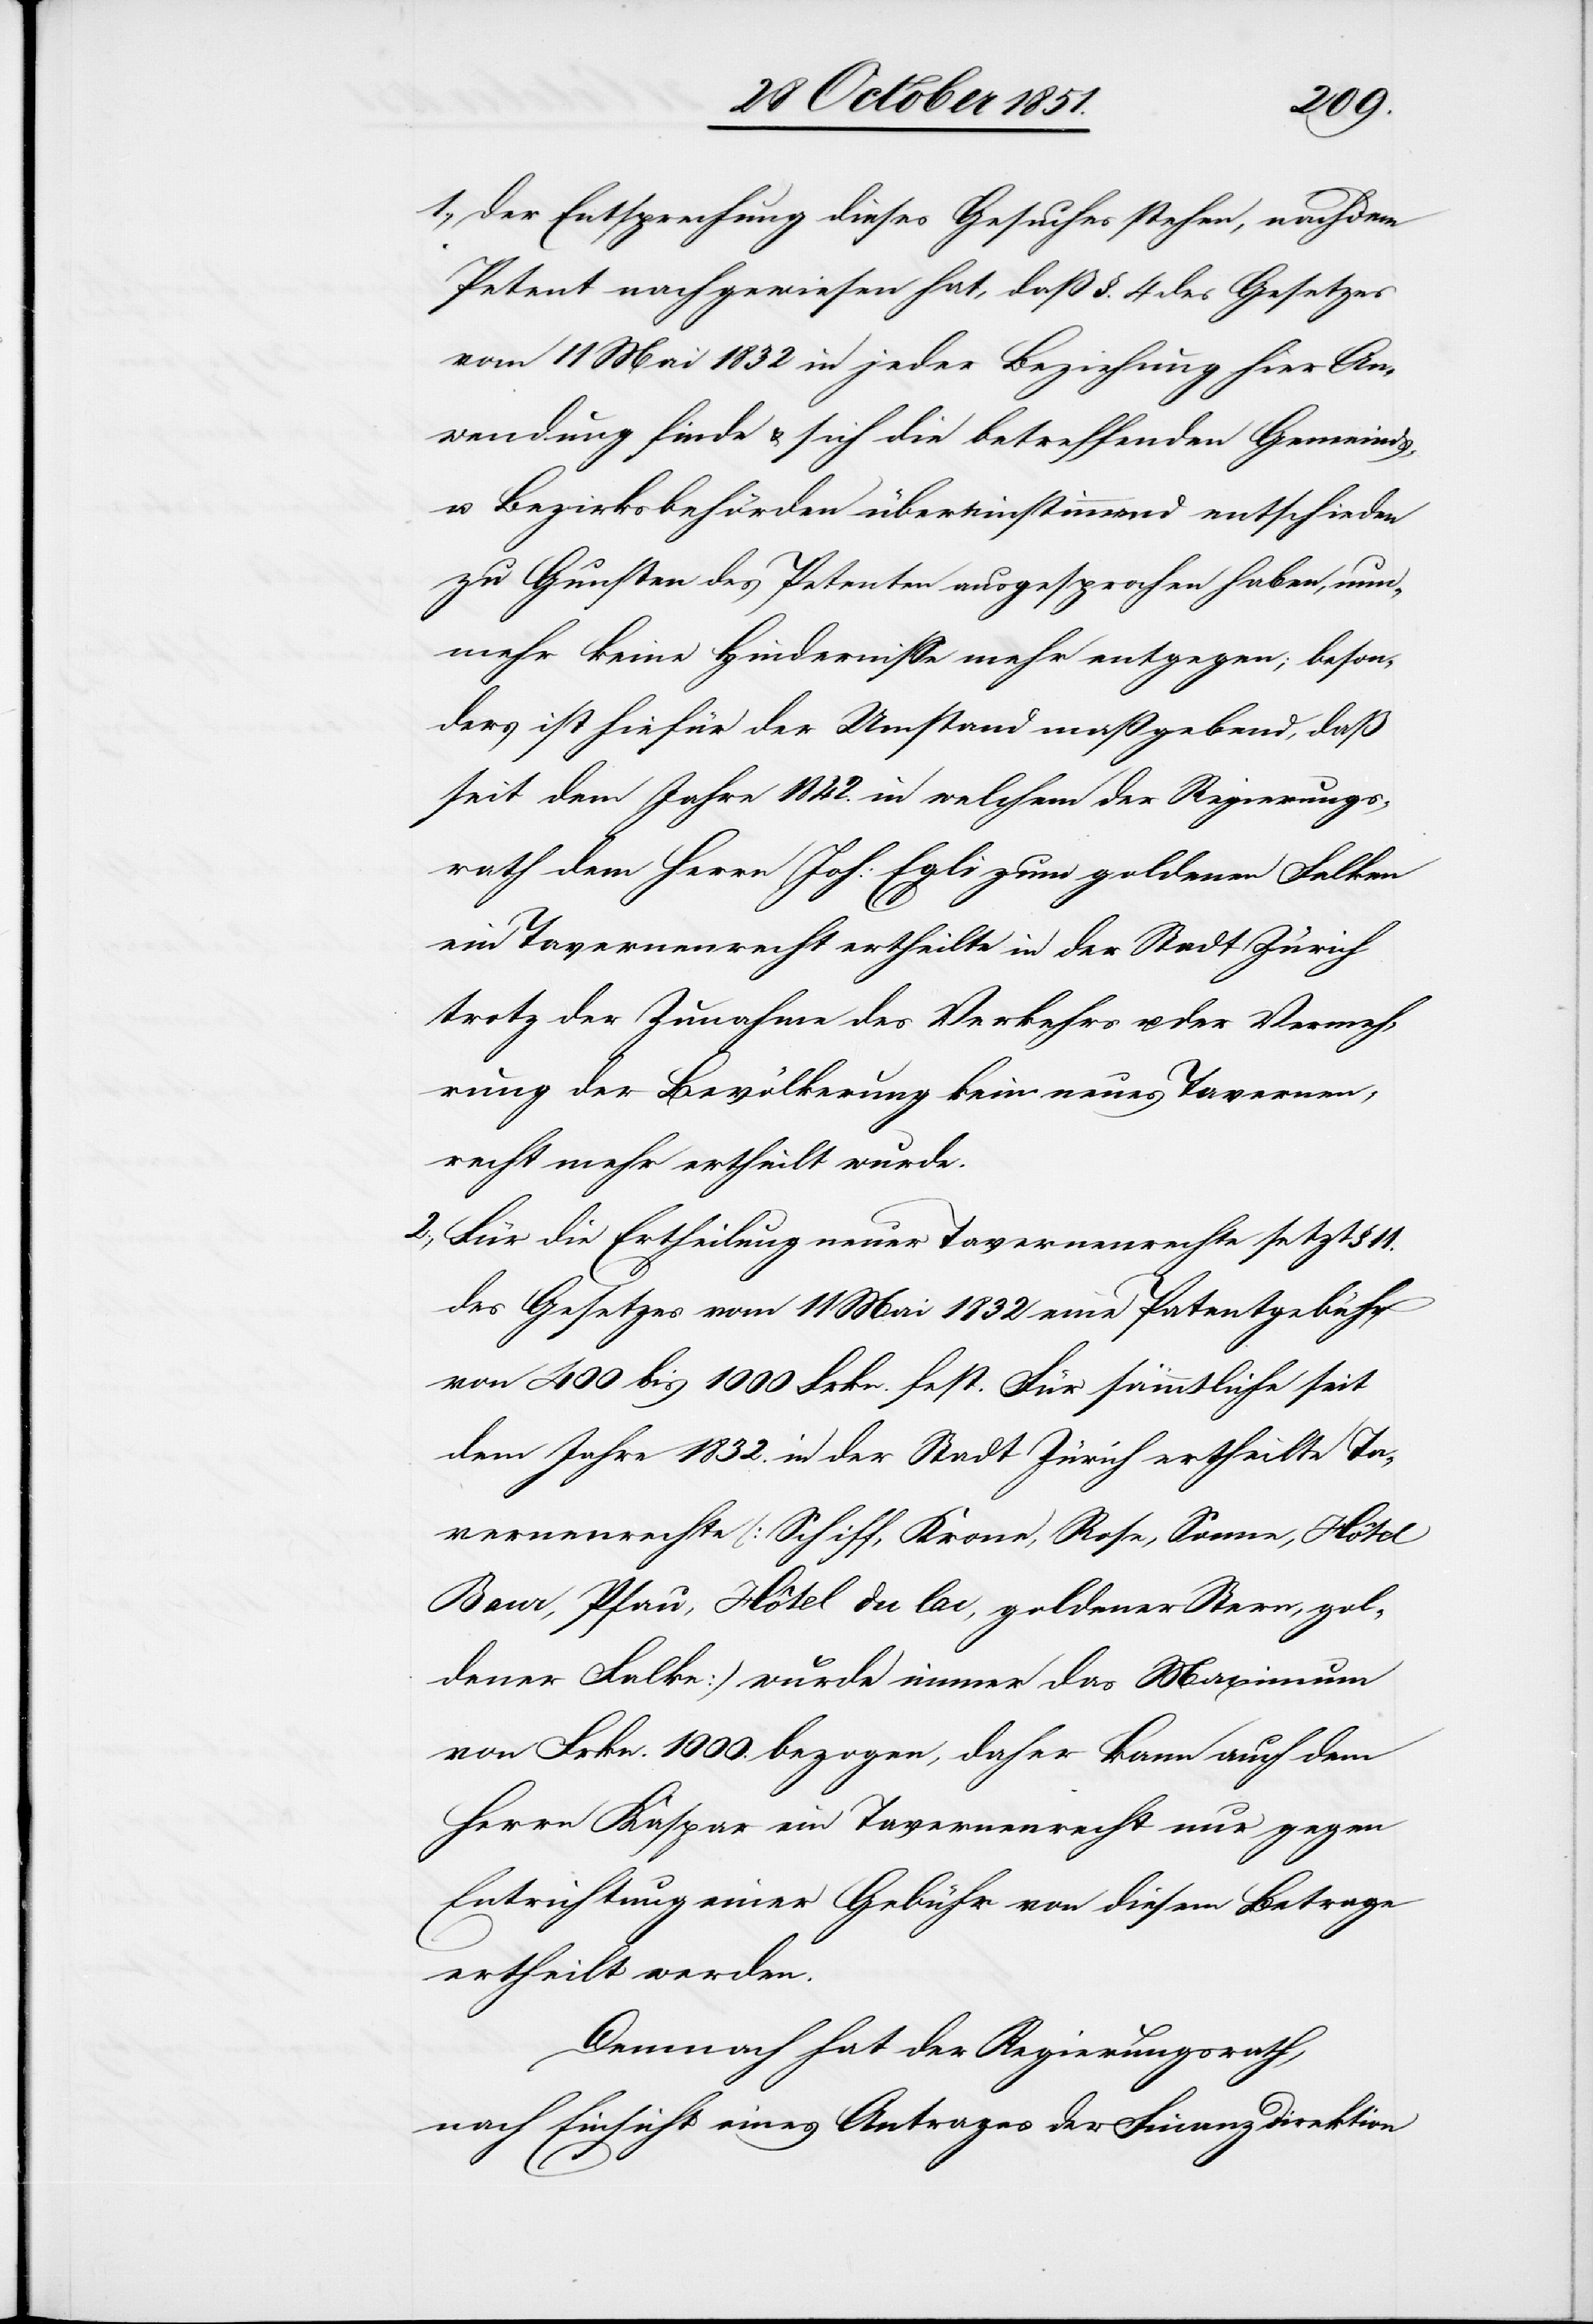
1.,
Der Entsprechung dieses Gesuches stehen, nachdem
Petent nachgewiesen hat, daß §. 4 des Gesetzes
vom 11 Mai 1832 in jeder Beziehung hier An¬
wendung finde & sich die betreffenden Gemeinds-
u. Bezirksbehörden übereinstimmend entschieden
zu Gunsten des Petenten ausgesprochen haben, nun¬
mehr keine Hindernisse mehr entgegen; beson¬
ders ist hiefür der Umstand maßgebend, daß
seit dem Jahre 1842. in welchem der Regierungs¬
rath dem Herrn Joh: Egli zum goldenen Falken
ein Tavernenrecht ertheilte in der Stadt Zürich
trotz der Zunahme des Verkehrs u. der Vermeh¬
rung der Bevölkerung kein neues Tavernen¬
recht mehr ertheilt wurde.
Für die Ertheilung neuer Tavernenrechte setzt § 11.
des Gesetzes vom 11 Mai 1832 eine Patentgebühr
von 400 bis 1000 Frkn. fest. Für sämmtliche seit
dem Jahre 1832. in der Stadt Zürich ertheilte Ta¬
vernenrechte (Schiff, Krone, Rose, Sonne, Hôtel
Baur, Pfau, Hôtel du lac, goldener Stern, gol¬
dener Falke) wurde immer das Maximum
von Frkn. 1000. bezogen, daher kann auch dem
Herrn Kaspar ein Tavernenrecht nur gegen
Entrichtung einer Gebühr von diesem Betrage
ertheilt werden.
Demnach hat der Regierungsrath,
nach Einsicht eines Antrages der Finanzdirektion